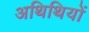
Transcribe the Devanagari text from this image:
अथिथियों